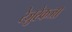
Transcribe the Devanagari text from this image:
रेज़ुरेकजा